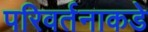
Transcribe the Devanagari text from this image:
परिवर्तनाकडे